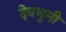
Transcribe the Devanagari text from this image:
देवभुमी